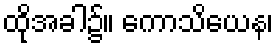
ထိုအခါ၌။ ကောသိယေန၊